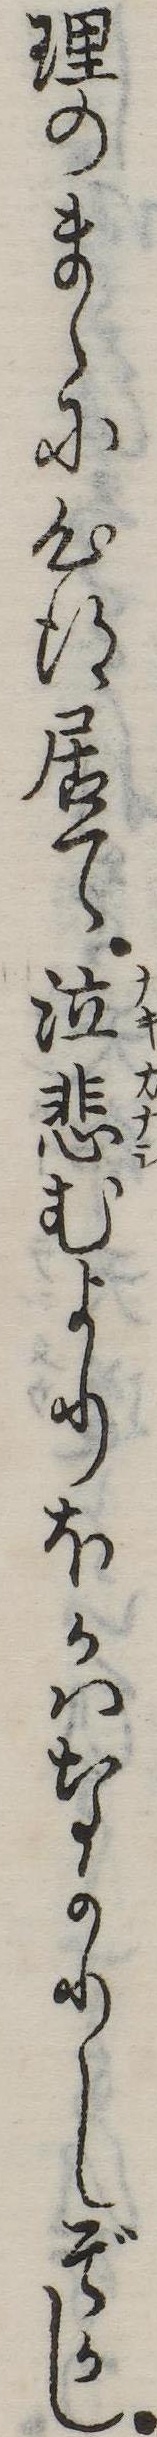
理のまゝに心得居て泣悲むよりほかはなかりしぞかし